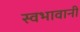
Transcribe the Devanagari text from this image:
स्वभावानी